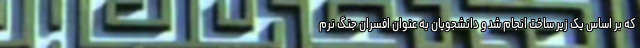
که بر اساس یک زیر ساخت انجام شد و دانشجویان به عنوان افسران جنگ نرم